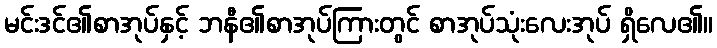
မင်းဒင်၏စာအုပ်နှင့် ဘနီ၏စာအုပ်ကြားတွင် စာအုပ်သုံးလေးအုပ် ရှိလေ၏။